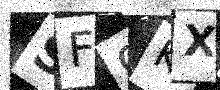
Text: SF9KXL